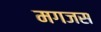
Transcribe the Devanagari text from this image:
मगजस